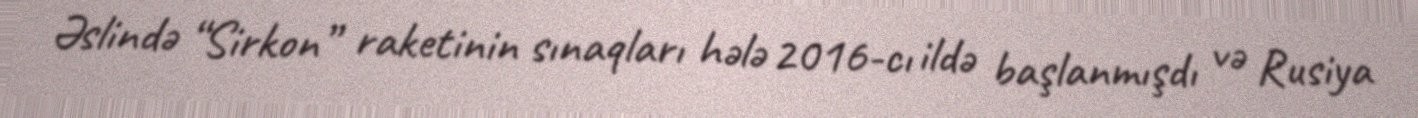
Əslində “Sirkon” raketinin sınaqları hələ 2016-cı ildə başlanmışdı və Rusiya